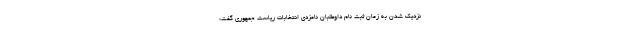
نزدیک شدن به زمان ثبت نام داوطلبان نامزدی انتخابات ریاست جمهوری گفت: